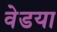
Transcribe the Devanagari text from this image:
वेडया